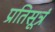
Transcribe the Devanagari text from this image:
प्रतिसूत्रं